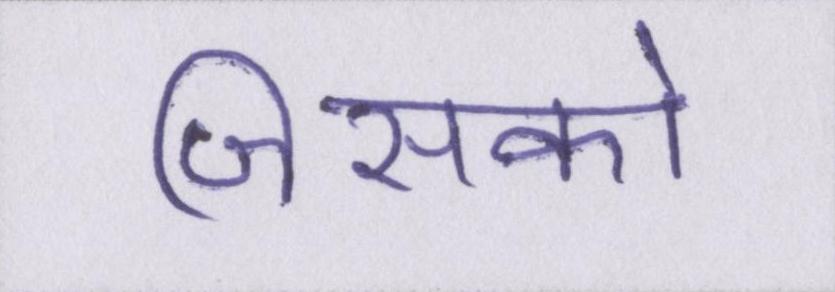
जिसको